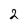
Character: 2